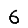
Digit: 6